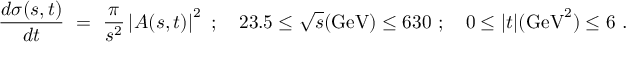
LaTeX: { \frac { d \sigma ( s , t ) } { d t } } \ = \ { \frac { \pi } { s ^ { 2 } } } \left| A ( s , t ) \right| ^ { 2 } \ ; \quad 2 3 . 5 \leq \sqrt s ( \mathrm { G e V } ) \leq 6 3 0 \ ; \quad 0 \leq | t | ( \mathrm { G e V } ^ { 2 } ) \leq 6 \ .